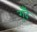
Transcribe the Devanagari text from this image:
गुँदे